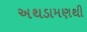
અથડામણથી